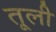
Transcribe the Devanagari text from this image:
तूली